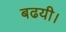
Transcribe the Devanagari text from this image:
बढयी।